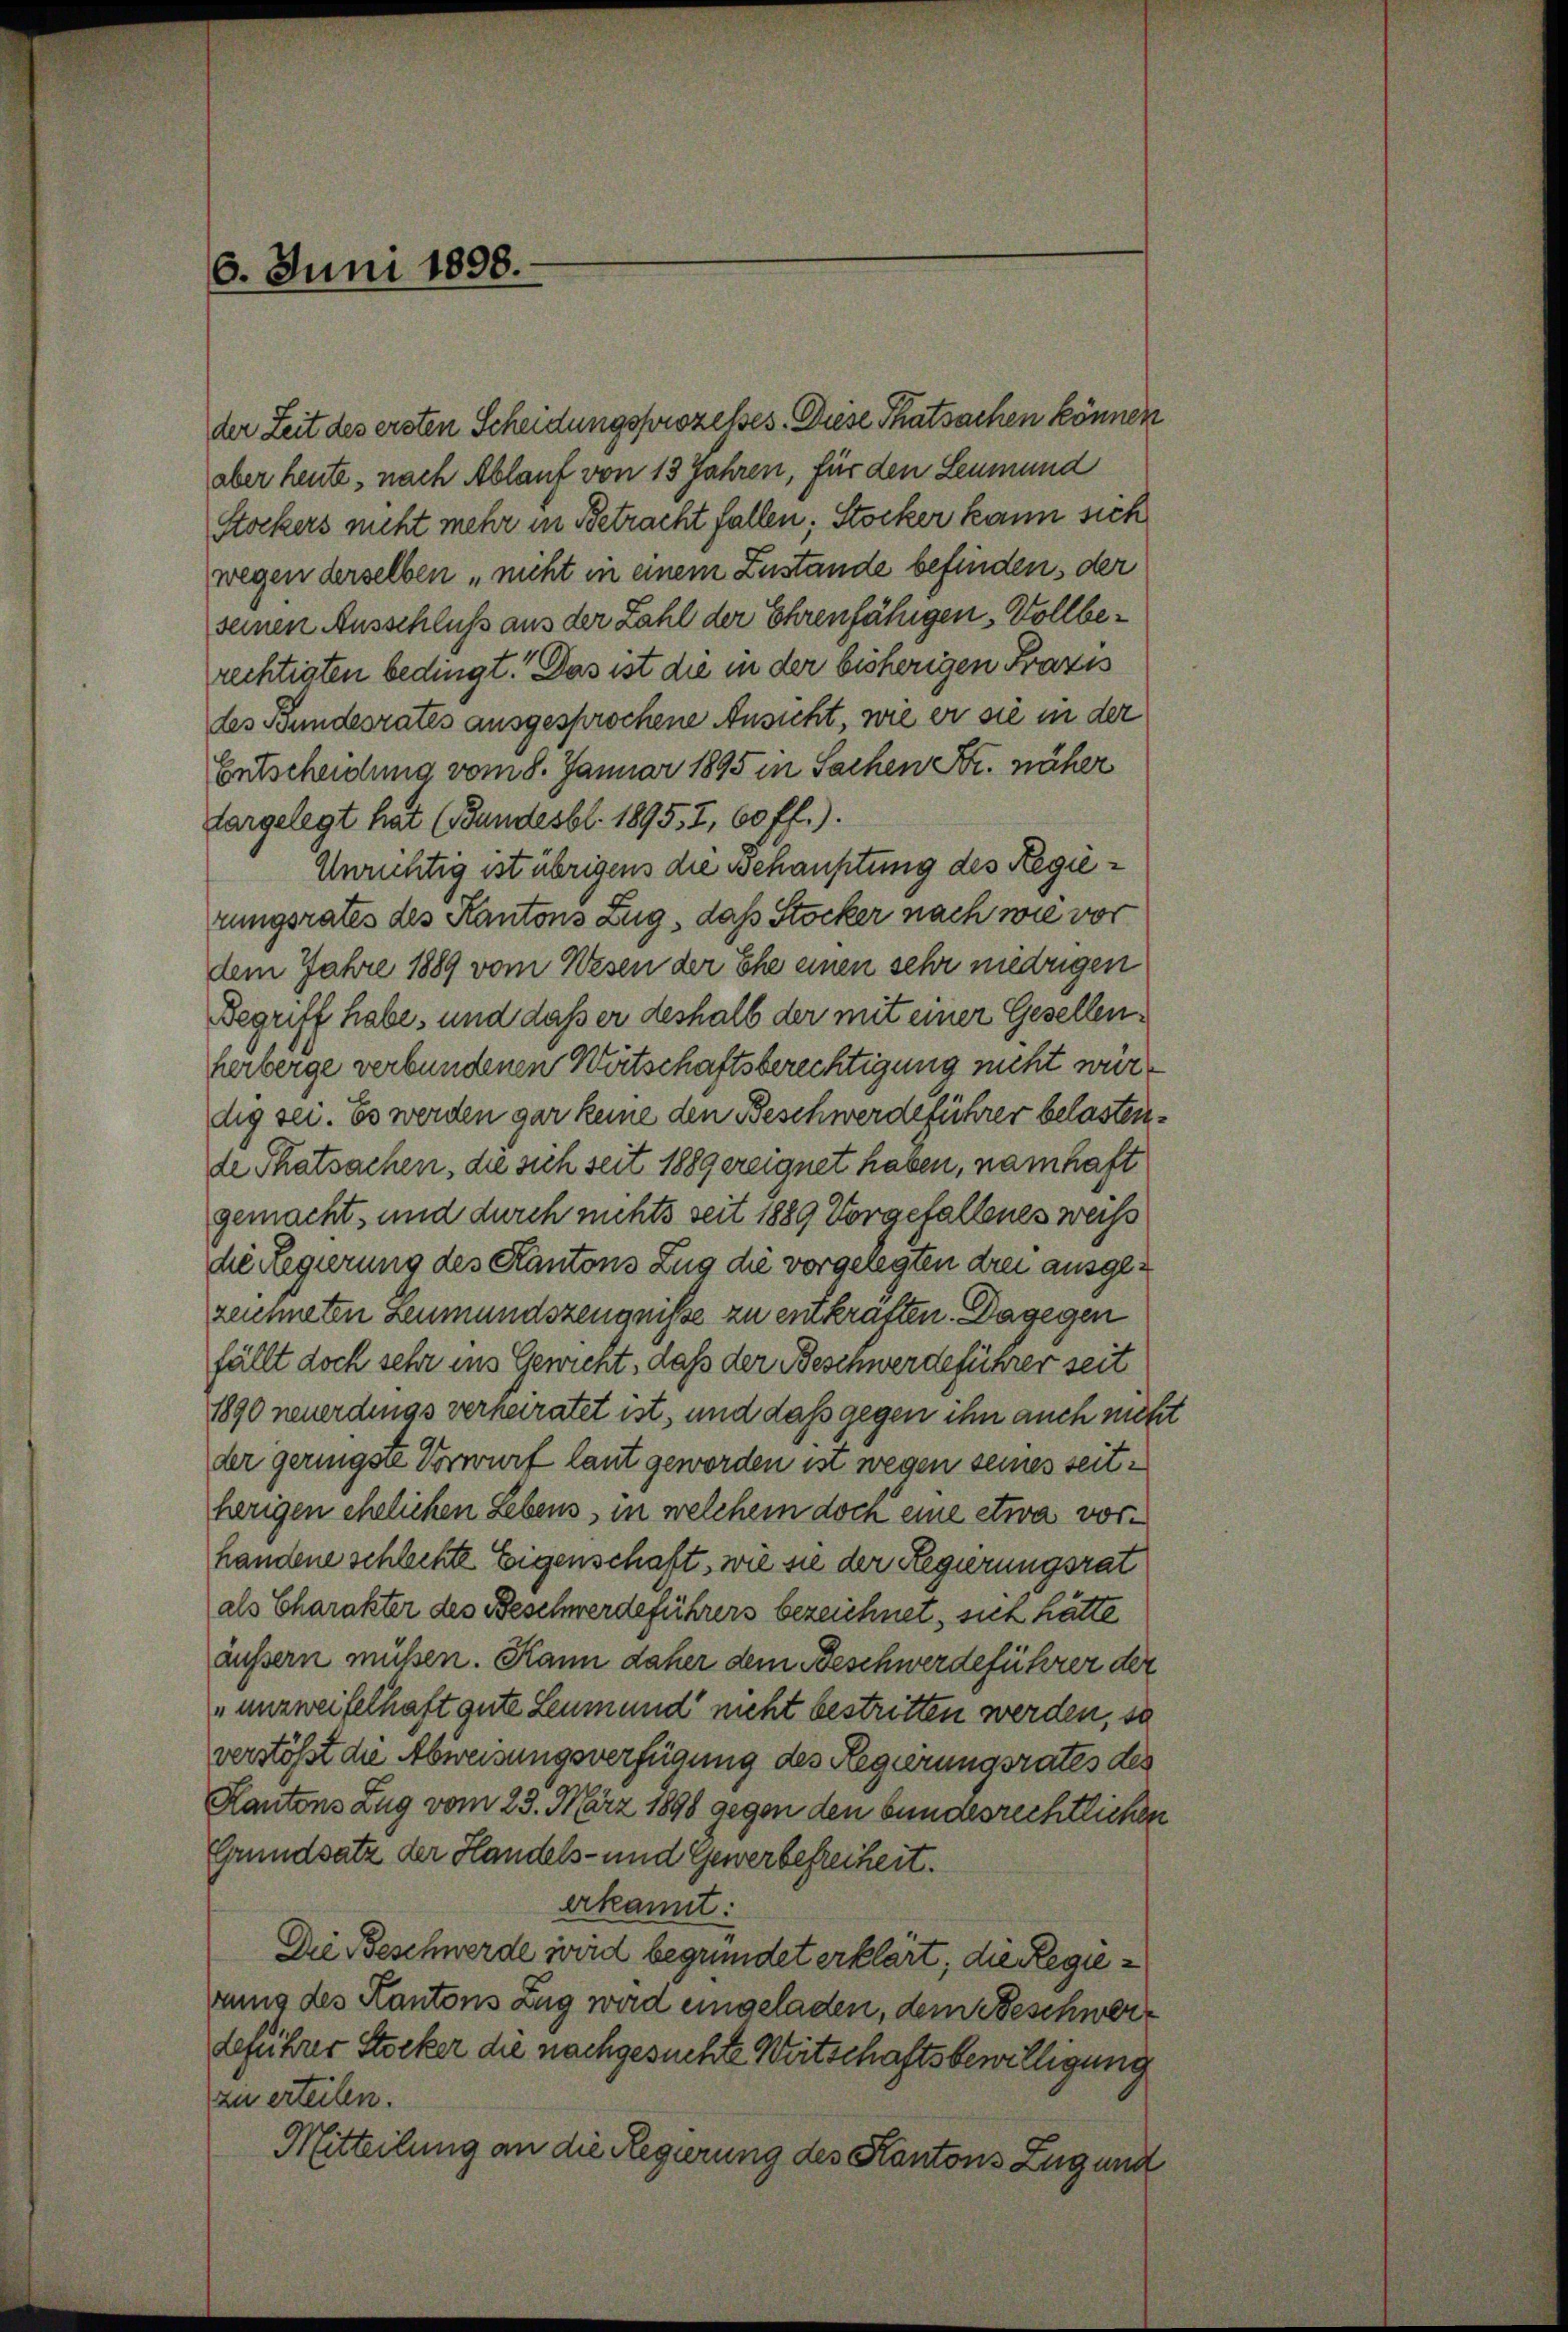
6. Juni 1898.

der Zeit des ersten Scheidungsprozesses. Diese Thatsachen können
aber heute, nach Ablauf von 13 Jahren, für den Leumund
Stockers nicht mehr in Betracht fallen; Stocker kann sich
wegen derselben „nicht in einem Zustande befinden, der
seinen Ausschluß aus der Zahl der Ehrenfähigen, Vollberechtigten bedingt. Das ist die in der bisherigen Praxis
des Bundesrates ausgesprochene Ansicht, wie er sie in der
Entscheidung vom 8. Januar 1895 in Sachen Fr. näher
targelegt hat (Bundesbl. 1895. 7, 60 ff.).
Unrichtig ist übrigens die Behauptung des Regierungsrates des Kantons Zug, daß Stocker nach wie vor
dem Jahre 1889 vom Wesen der Ehe einen sehr niedrigen
Begriff habe, und daß er deshalb der mit einer Gesellenherberge verbundenen Wertschaftsberechtigung nicht würdig sei. Es werden gar keine den Beschwerdeführer belastende Thatsachen, die sich seit 188 gereignet haben, namhaft
gemacht, und durch nichts seit 1889 Vorgefallenes weis
die Regierung des Kantons Zug die vorgelegten drei ausgezeuneten Leumundszeugniße zu entkraften. Dagegen
fällt doch sehr ins Gewicht, daß der Beschwerdeführer seit
1890 neuerdings verheiratet ist, und daß gegen ihn auch mich.
der geringste Vorwurf laut geworden ist wegen seines seitherigen ehelichen Lebens, in welchem doch eine etwa vorhandene schlechte Eigenschaft, wie sie der Regierungsrat
als Charakter des Beschwerdeführers bezeichnet, sich hätte
äußern müßen. Kann daher dem Beschwerdeführer der
„unzweifelhaft gute Leumund nicht bestritten werden, so
verstößt die Abweisungsverfügung des Regierungsrates des
Kantons Zug vom 23. März 1898 gegen den bundesrechtlichen
Grundsatz der Handels- und Gewerbefreiheit.
erkannt:
Die Beschwerde wird begründet erklärt, die Regierung des Kantons Zug wird eingeladen, dem Beschwerdeführer Stocker die nachgesuchte Weitschaftsbewilligung
zu erteilen.
Mitteilung an die Regierung des Kantons Zug und